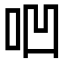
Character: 𠱃